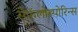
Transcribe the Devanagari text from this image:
सेफॅलोस्पोरिन्स